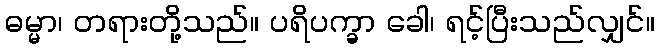
ဓမ္မာ၊ တရားတို့သည်။ ပရိပက္ခာ ခေါ၊ ရင့်ပြီးသည်လျှင်။